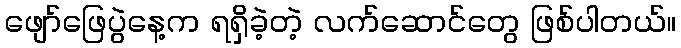
ဖျော်ဖြေပွဲနေ့က ရရှိခဲ့တဲ့ လက်ဆောင်တွေ ဖြစ်ပါတယ်။